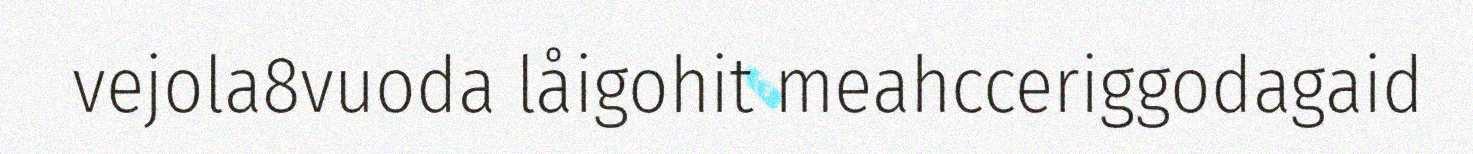
vejola8vuoda låigohit meahcceriggodagaid